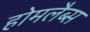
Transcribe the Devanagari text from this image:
होमलैब्स